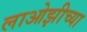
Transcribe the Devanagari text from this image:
लाओझीच्या